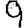
Digit: 9